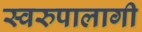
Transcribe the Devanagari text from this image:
स्वरुपालागी